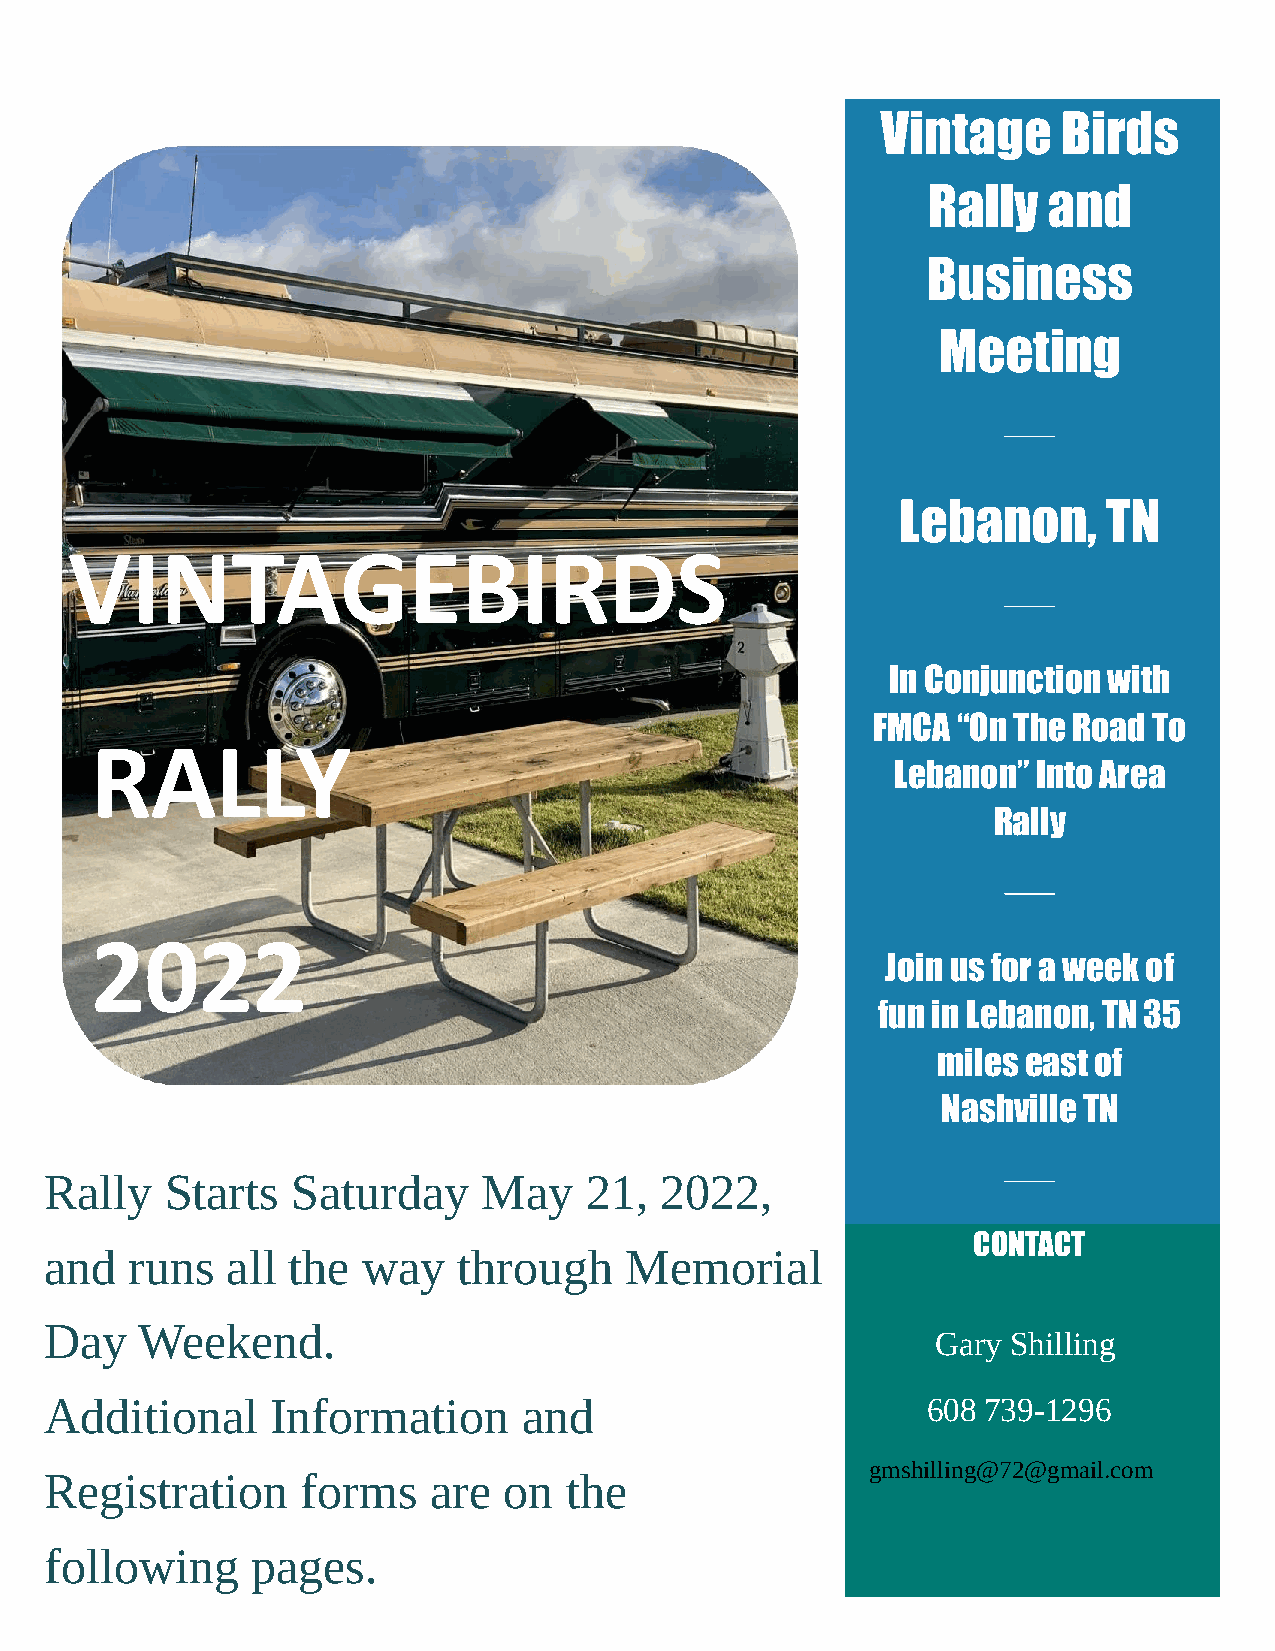
Vintage     Birds
 Rally   and
 Business
 Meeting
 Lebanon,     TN
 VINTAGEB                     IRDS
 In Conjunction with
 FMCA “On The Road To
 RALLY
 Lebanon”  Into Area
 Rally
 2022
 Join us for a week of
 fun in Lebanon, TN 35
 miles east of
 Nashville TN
 Rally   Starts  Saturday     May    21,  2022,
 CONTACT
 and  runs   all the  way   through    Memorial
 Day   Weekend.
 Gary Shilling
 Additional     Information      and                       608 739-1296
 gmshilling@72@gmail.com
 Registration     forms   are  on  the
 following     pages.